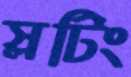
স্লটিং